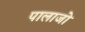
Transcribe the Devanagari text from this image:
पालाजो